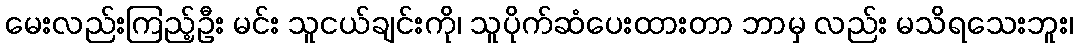
မေးလည်းကြည့်ဦး မင်း သူငယ်ချင်းကို၊ သူပိုက်ဆံပေးထားတာ ဘာမှ လည်း မသိရသေးဘူး၊